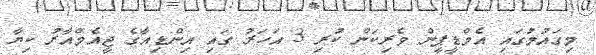
މިގައުމުގައި އެމްޑީޕީން ވެރިކަން ކުރި 3 އަހަރު ގައި އިންޑިއާގެ ޖީއެމްއާރު ކިޔާ